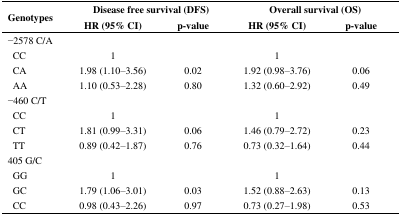
<table><thead><tr><td rowspan="2"><b>Genotypes</b></td><td colspan="2"><b>Disease free survival (DFS)</b></td><td colspan="2"><b>Overall survival (OS)</b></td></tr><tr><td><b>HR (95% CI)</b></td><td><b>p-value</b></td><td><b>HR (95% CI)</b></td><td><b>p-value</b></td></tr></thead><tbody><tr><td>−2578 C/A</td><td></td><td></td><td></td><td></td></tr><tr><td> CC</td><td>1</td><td></td><td>1</td><td></td></tr><tr><td> CA</td><td>1.98 (1.10–3.56)</td><td>0.02</td><td>1.92 (0.98–3.76)</td><td>0.06</td></tr><tr><td> AA</td><td>1.10 (0.53–2.28)</td><td>0.80</td><td>1.32 (0.60–2.92)</td><td>0.49</td></tr><tr><td>−460 C/T</td><td></td><td></td><td></td><td></td></tr><tr><td> CC</td><td>1</td><td></td><td>1</td><td></td></tr><tr><td> CT</td><td>1.81 (0.99–3.31)</td><td>0.06</td><td>1.46 (0.79–2.72)</td><td>0.23</td></tr><tr><td> TT</td><td>0.89 (0.42–1.87)</td><td>0.76</td><td>0.73 (0.32–1.64)</td><td>0.44</td></tr><tr><td>405 G/C</td><td></td><td></td><td></td><td></td></tr><tr><td> GG</td><td>1</td><td></td><td>1</td><td></td></tr><tr><td> GC</td><td>1.79 (1.06–3.01)</td><td>0.03</td><td>1.52 (0.88–2.63)</td><td>0.13</td></tr><tr><td> CC</td><td>0.98 (0.43–2.26)</td><td>0.97</td><td>0.73 (0.27–1.98)</td><td>0.53</td></tr></tbody></table>